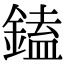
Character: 鎑